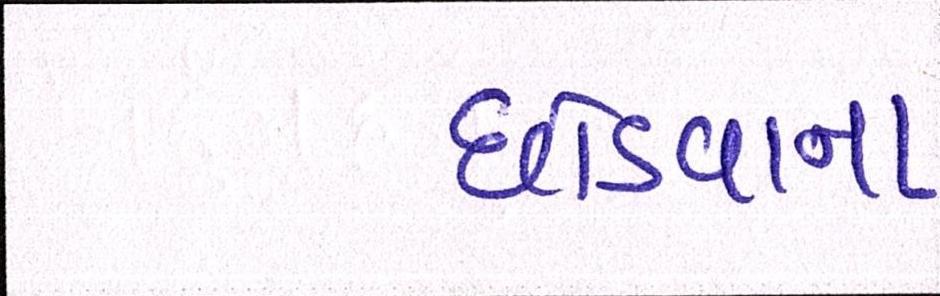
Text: છોડવાના